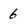
Character: 6